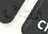
فصول